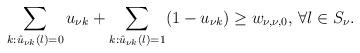
LaTeX: \begin{align*}\sum_{k:\hat{u}_{\nu k}(l)=0} u_{\nu k} + \sum_{k:\hat{u}_{\nu k}(l)=1} (1-u_{\nu k}) \ge w_{\nu, \nu,0}, \, \forall l\in S_\nu.\end{align*}